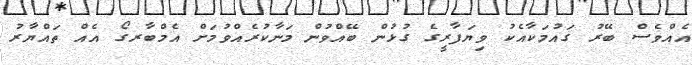
އެއްވެސް ބޭރު ގައުމަކާއެކު ވިޔަފާރީގެ ގުޅުން ބޭއްވުން މަނާކުރެއްވުމަށް އެމްބާރގޯ އެއް ތައްޔާރު